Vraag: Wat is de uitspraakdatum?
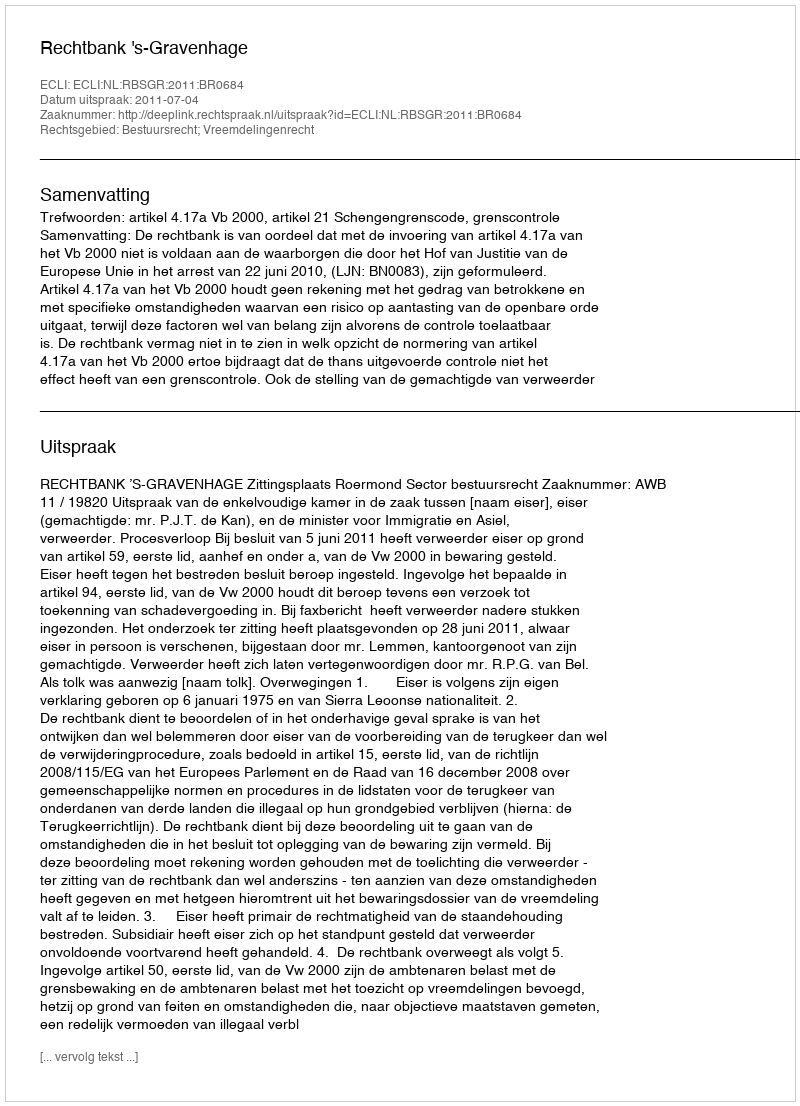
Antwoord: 2011-07-04